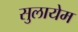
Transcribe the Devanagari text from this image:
सुलायेम